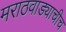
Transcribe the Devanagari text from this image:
मराठवाड्याचीच